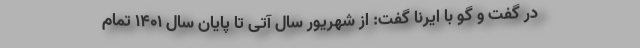
در گفت و گو با ایرنا گفت: از شهریور سال آتی تا پایان سال ۱۴۰۱ تمام